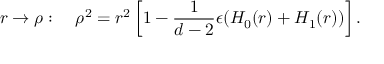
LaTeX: r \rightarrow \rho : \quad \rho ^ { 2 } = r ^ { 2 } \left[ 1 - \frac { 1 } { d - 2 } \epsilon ( H _ { 0 } ( r ) + H _ { 1 } ( r ) ) \right] .